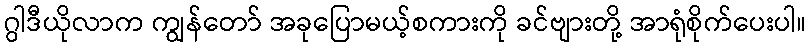
ဂွါဒီယိုလာက ကျွန်တော် အခုပြောမယ့်စကားကို ခင်ဗျားတို့ အာရုံစိုက်ပေးပါ။